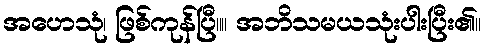
အဟေသုံ၊ ဖြစ်ကုန်ပြီ။။ အဘိသမယသုံးပါးပြီး၏။